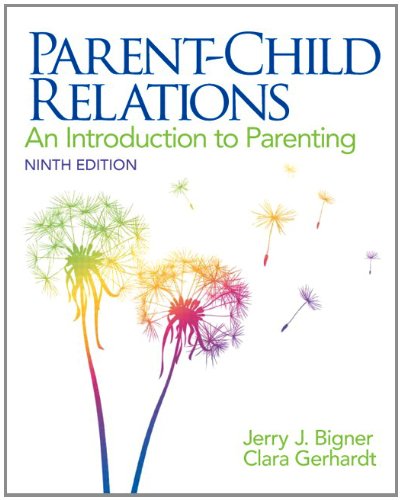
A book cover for Parent-Child Relations: An Introduction to Parenting (9th Edition); Jerry J. Bigner; Education & Teaching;